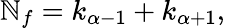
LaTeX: \mathbb{N}_{f}=k_{\alpha-1}+k_{\alpha+1},